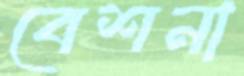
বেশনা